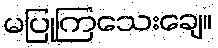
မပြုကြသေးချေ။